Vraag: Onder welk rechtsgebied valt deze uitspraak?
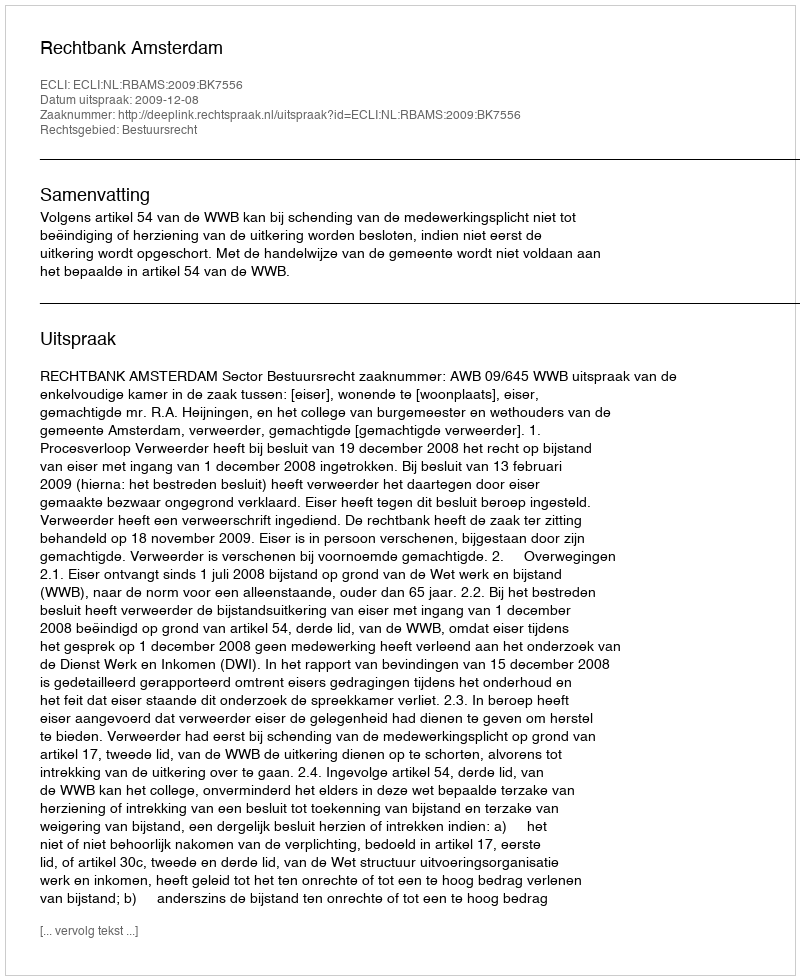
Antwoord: Bestuursrecht